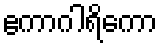
ဧကာဂါရိကော